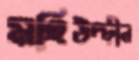
মহিউদ্দীন